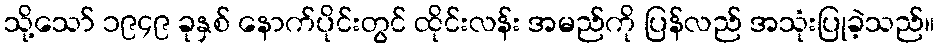
သို့သော် ၁၉၄၉ ခုနှစ် နောက်ပိုင်းတွင် ထိုင်းလန်း အမည်ကို ပြန်လည် အသုံးပြုခဲ့သည်။